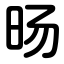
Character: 旸